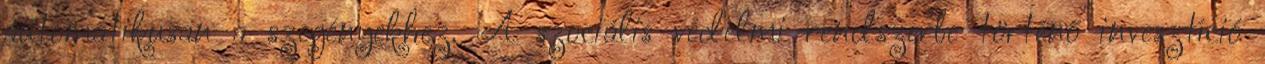
automatikusan a szegényekhez. A szociális védelmi rendszerbe történő invesztíció